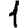
Digit: 1